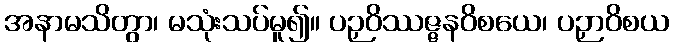
အနာမသိတွာ၊ မသုံးသပ်မူ၍။ ပဉှဝိဿဇ္ဇနဝိစယေ၊ ပဉှာဝိစယ